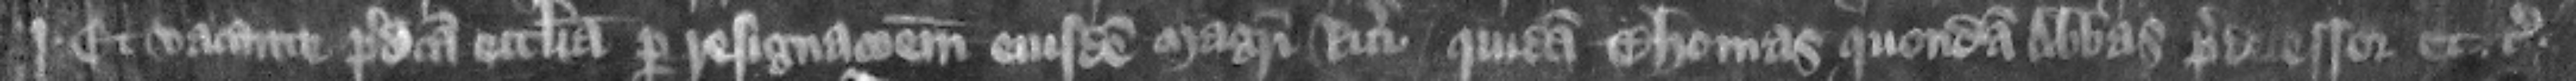
Iohannis. Et vacante predicta ecclesia per resignacionem eiusdem magistri Ricardi quidam Thomas quondam abbas predecessor etc.